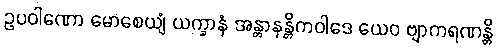
ဥပဝါဏော မောစေယျံ ယက္ခာနံ အန္တာနန္တိကဝါဒေ ယေဝ ဗျာကရဏန္တိ